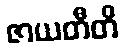
ဇာယတီတိ